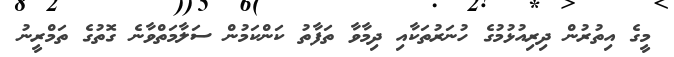
މީގެ އިތުރުން ދިރިއުޅުމުގެ ހުނަރުތަކާއި ދިމާވާ ތަފާތު ކަންކަމުން ސަލާމަތްވާނެ ގޮތުގެ ތަމްރީނު